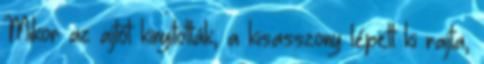
Mikor az ajtót kinyitották, a kisasszony lépett ki rajta,